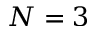
N = 3